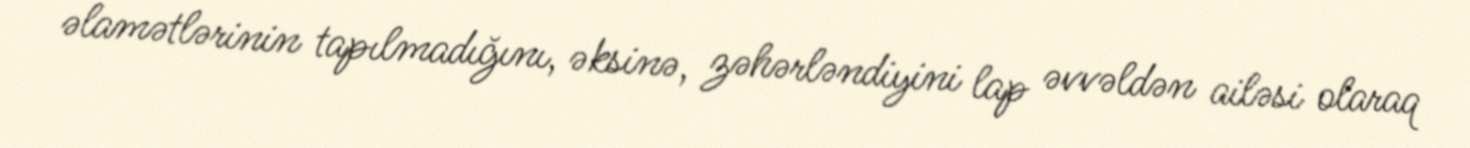
əlamətlərinin tapılmadığını, əksinə, zəhərləndiyini lap əvvəldən ailəsi olaraq